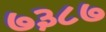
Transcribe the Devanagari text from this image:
७३८७